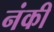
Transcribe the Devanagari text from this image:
नंकी